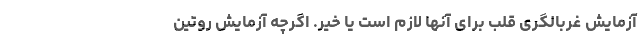
آزمایش غربالگری قلب برای آنها لازم است یا خیر. اگرچه آزمایش روتین